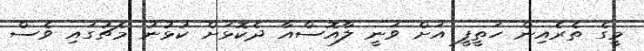
މީގެ ތެރެއިން ހަތީފީ އަށް ވަނީ ލާއޮސްއާ ދެކޮޅަށް ކުޅުނު މެޗުގައި ވެސް